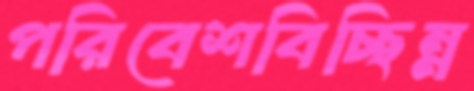
পরিবেশবিচ্ছিন্ন